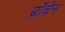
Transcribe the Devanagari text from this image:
ब्रॉचेन